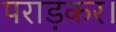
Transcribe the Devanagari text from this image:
पराड़कर।